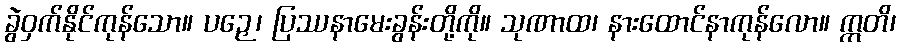
ခွဲဝှက်နိုင်ကုန်သော။ ပဉှေ၊ ပြဿနာမေးခွန်းတို့ကို။ သုဏာထ၊ နားထောင်နာကုန်လော။ ဣတိ၊